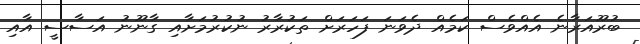
ބުރޫއަރާނެ އެއްވެސް ކަމެއް ދެވަނަ ފަހަރަށް ތަކުރާރު ނުކުރުމަށާއި ގާނޫނު އަސާސީ އާއި